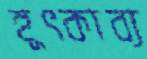
হূৎকাব্য